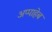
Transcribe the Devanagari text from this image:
अप्पाहेब